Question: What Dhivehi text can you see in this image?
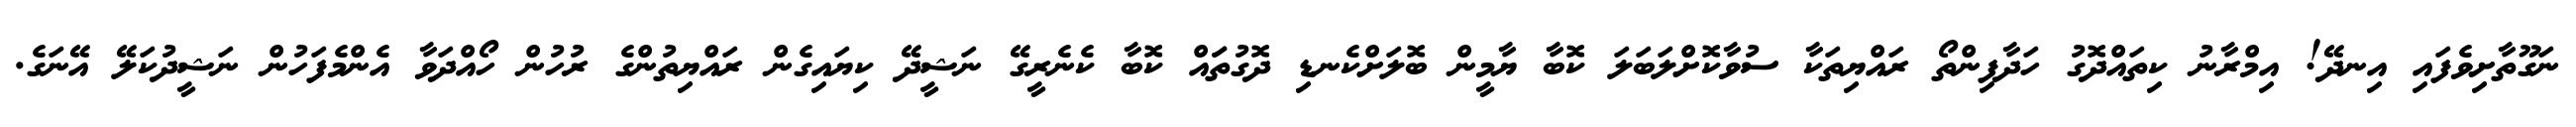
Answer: ނަގޫތާށިވެފައި އިނދޭ! އިމްރާނު ކިތައްދޮގު ހަދާފިންތޯ ރައްޔިތަކާ ސުވާކޮށްލަބަލަ ކޮބާ ޔާމީން ބޮލަށްކެނޑި ދޮގުތަައް ކޮބާ ކެނެރީގޭ ނަޝީދޭ ކިޔައިގެން ރައްޔިތުންގެ ރުހުން ހޯއްދަވާ އެންމެފަހުން ނަޝީދުކަލޭ އޭނަގެ.